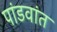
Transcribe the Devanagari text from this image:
पांडवांत